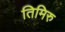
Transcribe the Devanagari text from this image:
तिमिरु